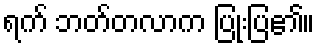
ရက် ဘတ်တလာက ပြုံးပြ၏။